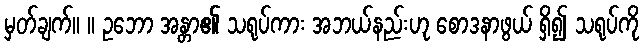
မှတ်ချက်။ ။ ဥဘော အန္တာ၏ သရုပ်ကား အဘယ်နည်းဟု စောဒနာဖွယ် ရှိ၍ သရုပ်ကို